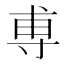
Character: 尃